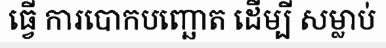
ធ្វើ ការបោកបញ្ឆោត ដើម្បី សម្លាប់